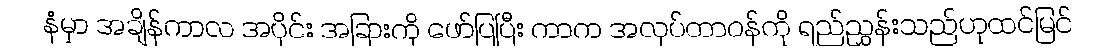
နံမှာ အချိန်ကာလ အပိုင်း အခြားကို ဖော်ပြပြီး ကာက အလုပ်တာဝန်ကို ရည်ညွှန်းသည်ဟုထင်မြင်